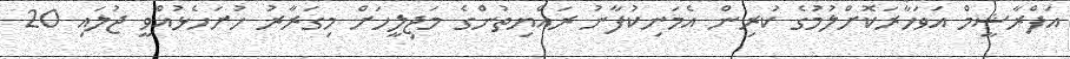
އަފްރާޝީމް އަވަހާރަކޮށްލުމުގެ ކުރިން އެމަނިކުފާނު ރައްޔިތުންގެ މަޖިލީހަށް މިގަރާރު ހުށަހެޅުއްވީ ޖުލައި 20